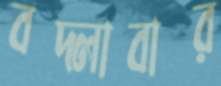
বদ্‌লাবার